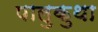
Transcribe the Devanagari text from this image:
पालुकुथा